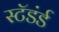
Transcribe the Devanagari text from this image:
स्टॅडंर्ड